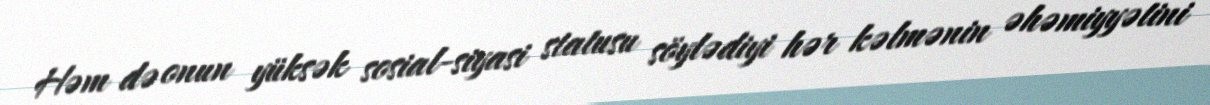
Həm də onun yüksək sosial-siyasi statusu söylədiyi hər kəlmənin əhəmiyyətini